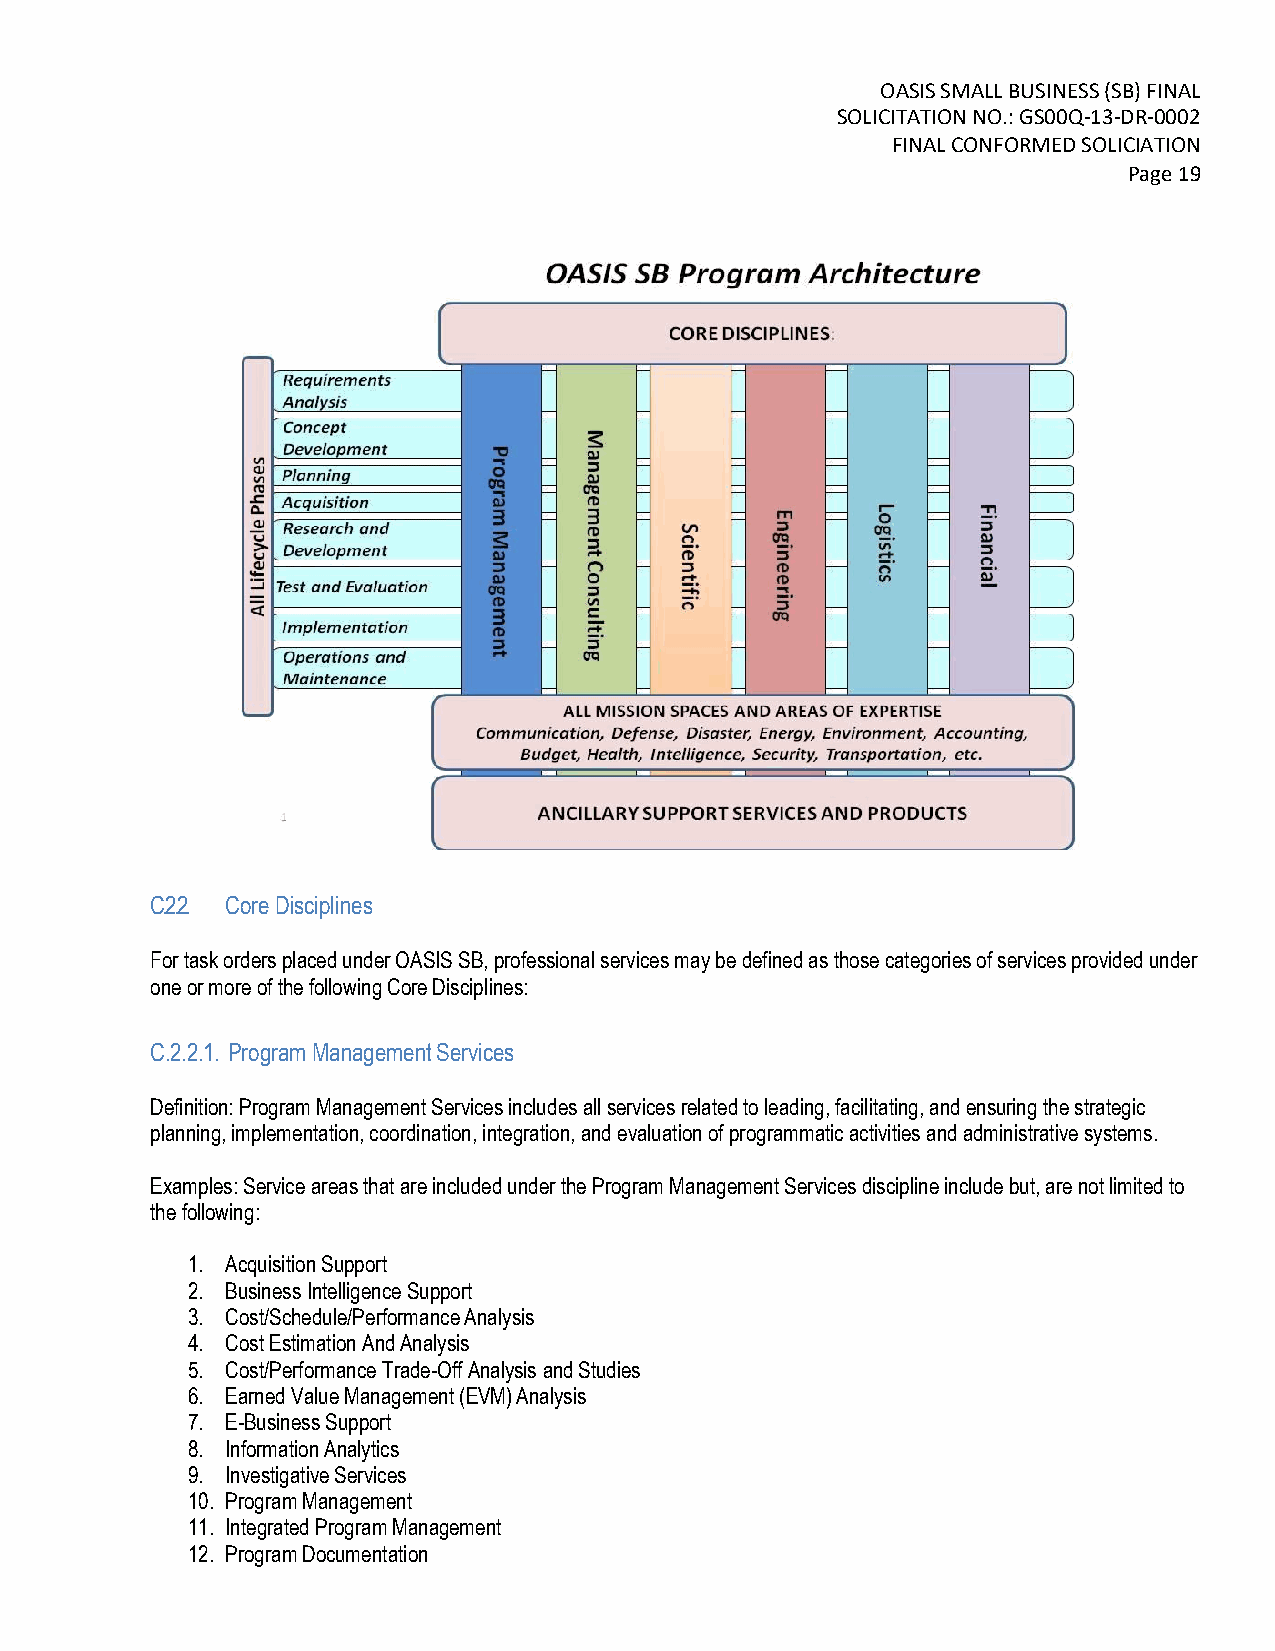
OASIS SMALL BUSINESS (SB) FINAL
 SOLICITATION NO.: GS00Q-13-DR-0002
 FINAL CONFORMED SOLICIATION
 Page 19
 C.2.2. Core Disciplines
 For task orders placed under OASIS SB, professional services may be defined as those categories of services provided under
 one or more of the following Core Disciplines:
 C.2.2.1. Program Management Services
 Definition: Program Management Services includes all services related to leading, facilitating, and ensuring the strategic
 planning, implementation, coordination, integration, and evaluation of programmatic activities and administrative systems.
 Examples: Service areas that are included under the Program Management Services discipline include but, are not limited to
 the following:
 1. Acquisition Support
 2. Business Intelligence Support
 3. Cost/Schedule/Performance Analysis
 4. Cost Estimation And Analysis
 5. Cost/Performance Trade-Off Analysis and Studies
 6. Earned Value Management (EVM) Analysis
 7. E-Business Support
 8. Information Analytics
 9. Investigative Services
 10. Program Management
 11. Integrated Program Management
 12. Program Documentation